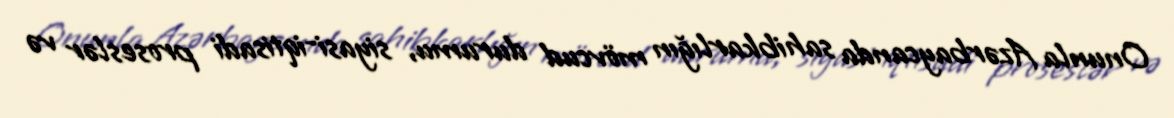
Onunla Azərbaycanda sahibkarlığın mövcud durumu, siyasi-iqtisadi proseslər və